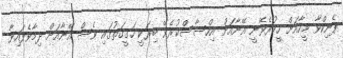
ޕެނިކްވާ މީހާއަށް ހީކުރެވޭނީ އޭނާއަށް އިހްސާސްކުރެވޭ ބިރަކީ ހަގީގަތުގައި ވެސް އޭނާއަށް ދިމާވެފައިވާ